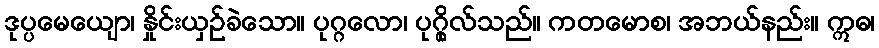
ဒုပ္ပမေယျော၊ နှိုင်းယှဉ်ခဲသော။ ပုဂ္ဂလော၊ ပုဂ္ဂိုလ်သည်။ ကတမောစ၊ အဘယ်နည်း။ ဣဓ၊